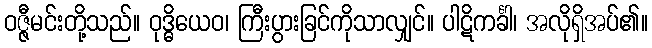
ဝဇ္ဇီမင်းတို့သည်။ ဝုဒ္ဓိယေဝ၊ ကြီးပွားခြင်ကိုသာလျှင်။ ပါဋိကင်္ခါ၊ အလိုရှိအပ်၏။